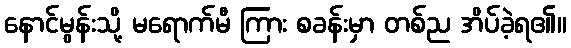
နောင်မွန်းသို့ မရောက်မီ ကြား စခန်းမှာ တစ်ည အိပ်ခဲ့ရ၏။